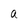
Character: a